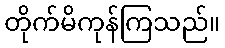
တိုက်မိကုန်ကြသည်။